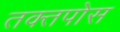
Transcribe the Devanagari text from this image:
तक्तपोस